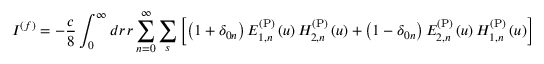
I ^ { ( f ) } = - \frac { c } { 8 } \int _ { 0 } ^ { \infty } d r \, r \sum _ { n = 0 } ^ { \infty } \sum _ { s } \left[ \left( 1 + \delta _ { 0 n } \right) E _ { 1 , n } ^ { \mathrm { ( P ) } } \left( u \right) H _ { 2 , n } ^ { \mathrm { ( P ) } } \left( u \right) + \left( 1 - \delta _ { 0 n } \right) E _ { 2 , n } ^ { \mathrm { ( P ) } } \left( u \right) H _ { 1 , n } ^ { \mathrm { ( P ) } } \left( u \right) \right] _ { u = u _ { n , s } } .